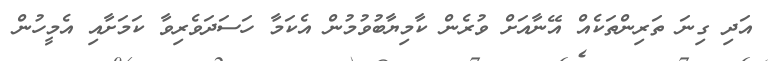
އަދި ގިނަ ތަރިންތަކެއް އޭނާއަށް ވުރެން ކާމިޔާބުވުމުން އެކަމާ ހަސަދަވެރިވާ ކަމަށާއި އެމީހުން